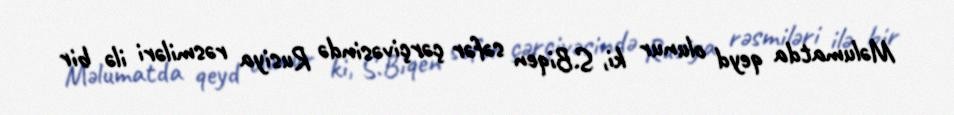
Məlumatda qeyd olunur ki, S.Biqen səfər çərçivəsində Rusiya rəsmiləri ilə bir